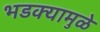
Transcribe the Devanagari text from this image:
भडक्यामुळे